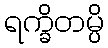
ရက္ခိတမ္ပိ